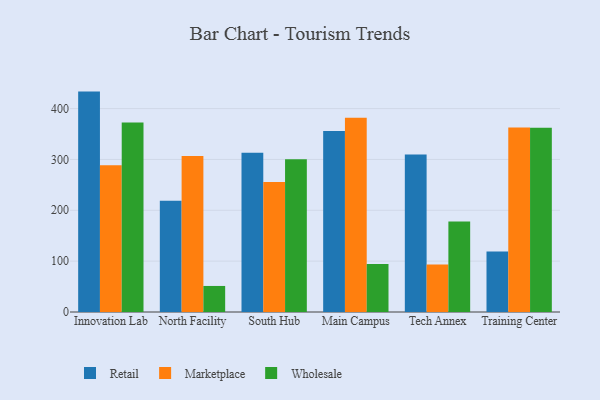
{"axis": {"x": "Campus", "y": "Latency (ms)"}, "legend": ["Marketplace", "Retail", "Wholesale"], "data": [{"x": "Innovation Lab", "y": 433.4, "type": "Retail"}, {"x": "Innovation Lab", "y": 288.4, "type": "Marketplace"}, {"x": "Innovation Lab", "y": 372.7, "type": "Wholesale"}, {"x": "North Facility", "y": 218.9, "type": "Retail"}, {"x": "North Facility", "y": 307.0, "type": "Marketplace"}, {"x": "North Facility", "y": 51.2, "type": "Wholesale"}, {"x": "South Hub", "y": 313.0, "type": "Retail"}, {"x": "South Hub", "y": 255.4, "type": "Marketplace"}, {"x": "South Hub", "y": 300.4, "type": "Wholesale"}, {"x": "Main Campus", "y": 355.8, "type": "Retail"}, {"x": "Main Campus", "y": 381.9, "type": "Marketplace"}, {"x": "Main Campus", "y": 94.5, "type": "Wholesale"}, {"x": "Tech Annex", "y": 309.7, "type": "Retail"}, {"x": "Tech Annex", "y": 93.4, "type": "Marketplace"}, {"x": "Tech Annex", "y": 178.2, "type": "Wholesale"}, {"x": "Training Center", "y": 119.1, "type": "Retail"}, {"x": "Training Center", "y": 362.6, "type": "Marketplace"}, {"x": "Training Center", "y": 362.3, "type": "Wholesale"}]}